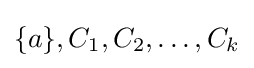
\{a\},C_{1},C_{2},\dots ,C_{k}